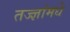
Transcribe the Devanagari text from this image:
तज्ज्ञांमधे